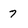
Character: 7